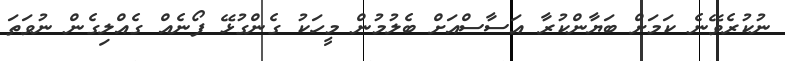
ނުކުރެވޭނެ ކަމަށް ބަޔާންކުރާ އަސާސްއަށް ބެލުމުން މީހަކު ގެންގުޅޭ ފޯނެއް ގެއްލިގެން ނުވަތަ